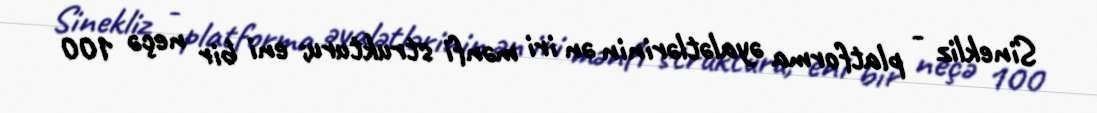
Sinekliz - platforma əyalətlərinin ən iri mənfi strukturu; eni bir neçə 100